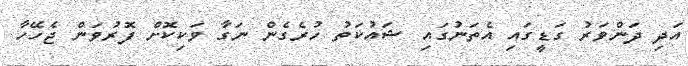
އަދި ދަންވަރު ގަޑީގައި އެތަނުގައި ޝައުކަތު ހުރެގެން ނަގާ ވަކިކޮށް ފޮރުވަން ޖެހޭހާ